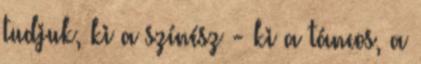
tudjuk, ki a színész - ki a táncos, a